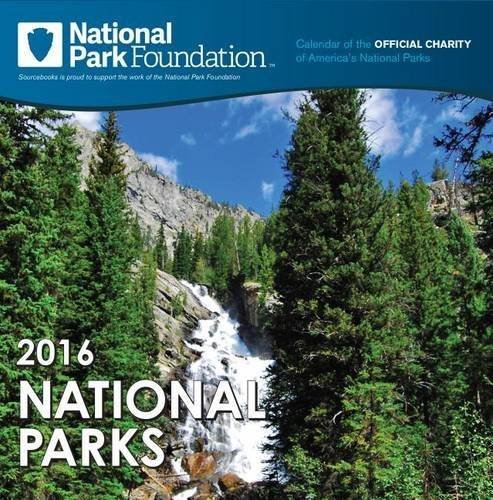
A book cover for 2016 National Park Foundation Wall Calendar; National Parks Foundation; Calendars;